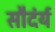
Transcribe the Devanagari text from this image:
सौदंर्य